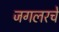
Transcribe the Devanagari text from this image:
जगलरचे